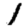
Digit: 1